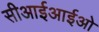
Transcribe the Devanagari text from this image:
सीआईआईओ